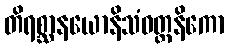
တိရစ္ဆာနယောနိသံဝတ္တနိကော